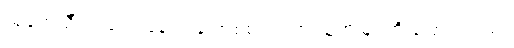
သုတေသီ ဂျာရက် နေးသန် ဘစ်စင်ဂါ က သူ့အမြင်ကို ပြောပါတယ်။